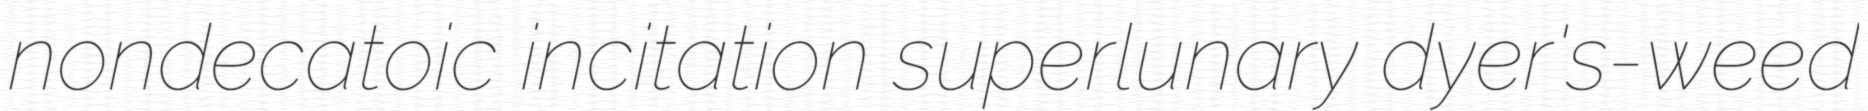
nondecatoic incitation superlunary dyer's-weed